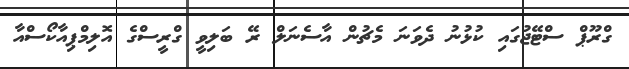
ގްރޫޕް ސްޓޭޖުގައި ކުޅުނު ދެވަނަ މެޗުން އާސެނަލް ރޭ ބަލިވީ ގްރީސްގެ އޮލިމްޕިއާކޯސްއާ